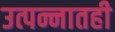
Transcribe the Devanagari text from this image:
उत्पन्नातही